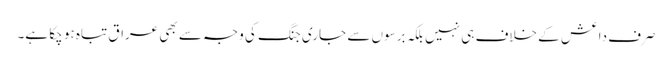
صرف داعش کے خلاف ہی نہیں بلکہ برسوں سے جاری جنگ کی وجہ سے بھی عراق تباہ ہو چکا ہے۔